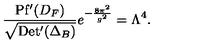
\frac { \mathrm { P f ^ { \prime } } ( D _ { F } ) } { \sqrt { \mathrm { D e t ^ { \prime } } ( \Delta _ { B } ) } } e ^ { - \frac { 8 \pi ^ { 2 } } { g ^ { 2 } } } = \Lambda ^ { 4 } .